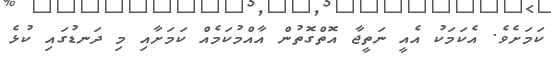
ކަމަށެވެ. އެކަމަކު އެއީ ނަތީޖާ އޮތްގޮތުން އާއްމުކަމެއް ކަމަށާއި މި ދަނޑުގައި ކުޅެ